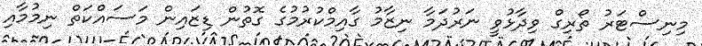
މިނިސްޓަރު ތޯރިގް ވިދާޅުވީ ނަރުދަމާ ނިޒާމު ގާއިމްކުރުމުގެ ގޮތުން ޑިޒައިން މަސައްކަތް ނިމުމާއި